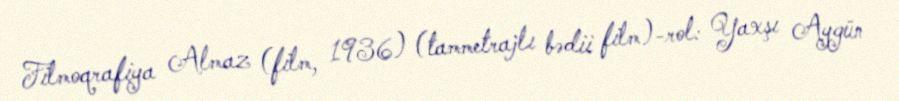
Filmoqrafiya Almaz (film, 1936) (tammetrajlı bədii film)-rol: Yaxşı Aygün